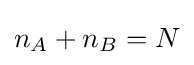
n_{A}+n_{B}=N